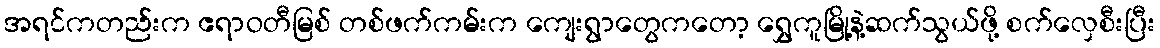
အရင်ကတည်းက ဧရာဝတီမြစ် တစ်ဖက်ကမ်းက ကျေးရွာတွေကတော့ ရွှေကူမြို့နဲ့ဆက်သွယ်ဖို့ စက်လှေစီးပြီး